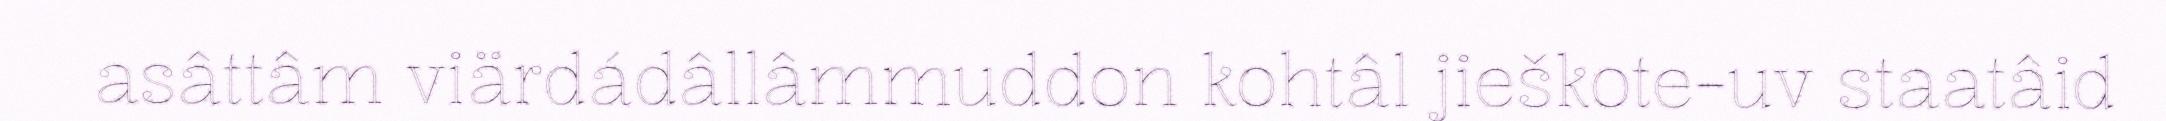
asâttâm viärdádâllâmmuddon kohtâl jieškote-uv staatâid